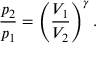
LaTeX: { \frac { p _ { 2 } } { p _ { 1 } } } = \left( { \frac { V _ { 1 } } { V _ { 2 } } } \right) ^ { \gamma } .